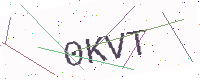
Text: 0KVT